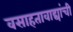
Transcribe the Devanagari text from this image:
वसाहतावाद्यांची